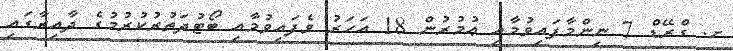
ށ. ގްރޭޑް 7 ނިންމާފައިވުމާއި ޢުމުރުން 18 އަހަރު ވެފައިވުމާއި ބޯޓުދަތުރުކުރުމުގެ ދާއިރާގައި